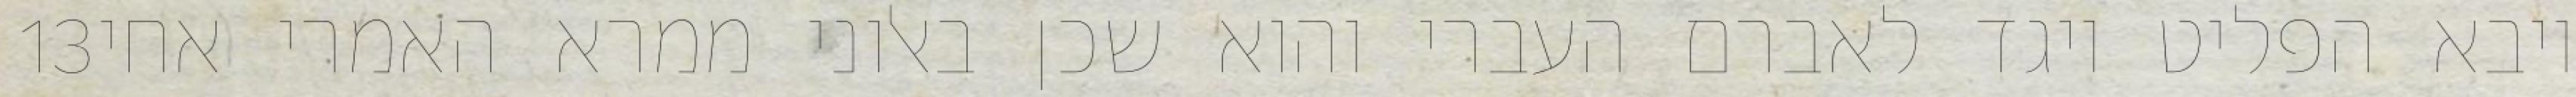
‎13‏ ויבא הפליט ויגד לאברם העברי והוא שכן באלוני ממרא האמרי אחי